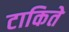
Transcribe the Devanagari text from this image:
टाकिते